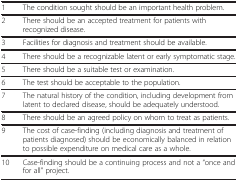
|  |  |
 | --- | --- |
 | 1 | The condition sought should be an important health problem. |
 | 2 | There should be an accepted treatment for patients with recognized disease. |
 | 3 | Facilities for diagnosis and treatment should be available. |
 | 4 | There should be a recognizable latent or early symptomatic stage. |
 | 5 | There should be a suitable test or examination. |
 | 6 | The test should be acceptable to the population. |
 | 7 | The natural history of the condition, including development from latent to declared disease, should be adequately understood. |
 | 8 | There should be an agreed policy on whom to treat as patients. |
 | 9 | The cost of case-finding (including diagnosis and treatment of patients diagnosed) should be economically balanced in relation to possible expenditure on medical care as a whole. |
 | 10 | Case-finding should be a continuing process and not a “once and for all” project. |